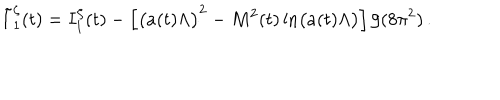
\tilde { I } _ { 1 } ^ { \zeta } ( t ) = I _ { 1 } ^ { \zeta } ( t ) - \left[ \left( a ( t ) \Lambda \vphantom { ^ 2 } \right) ^ { 2 } - M ^ { 2 } ( t ) \ln \left( a ( t ) \Lambda \vphantom { ^ 2 } \right) \right] / ( 8 \pi ^ { 2 } ) \, .